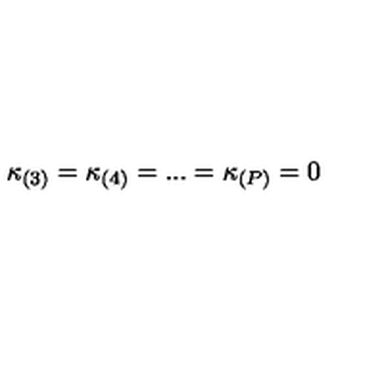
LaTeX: \kappa _ { ( 3 ) } = \kappa _ { ( 4 ) } = . . . = \kappa _ { ( P ) } = 0